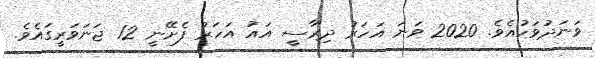
ވަނަދުވަހުއެވެ. 2020 ވަނަ އަހަރު ދިރާސީ އައު އަހަރު ފެށޭނީ 12 ޖަނަވަރީގައެވެ.